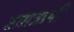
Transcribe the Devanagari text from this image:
सप्तऋषी